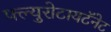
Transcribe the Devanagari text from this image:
फ्ल्युरोटायटॅनेट